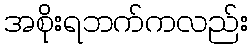
အစိုးရဘက်ကလည်း